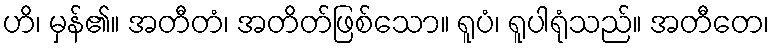
ဟိ၊ မှန်၏။ အတီတံ၊ အတိတ်ဖြစ်သော။ ရူပံ၊ ရူပါရုံသည်။ အတီတေ၊